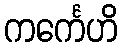
ကင်္ကေဟိ